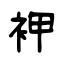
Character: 䘥